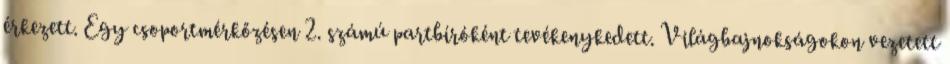
érkezett. Egy csoportmérkőzésen 2. számú partbíróként tevékenykedett. Világbajnokságokon vezetett